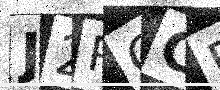
Text: J2PGCD